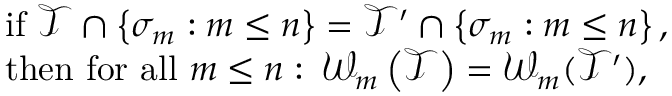
\begin{array} { r l } & { \mathrm { i f ~ } \mathcal { T } \cap \left\{ \sigma _ { m } : m \leq n \right\} = \mathcal { T } ^ { \prime } \cap \left\{ \sigma _ { m } : m \leq n \right\} , } \\ & { \mathrm { t h e n ~ f o r ~ a l l ~ } m \leq n : \: \mathcal { W } _ { m } \left( \mathcal { T } \right) = \mathcal { W } _ { m } ( \mathcal { T } ^ { \prime } ) , } \end{array}